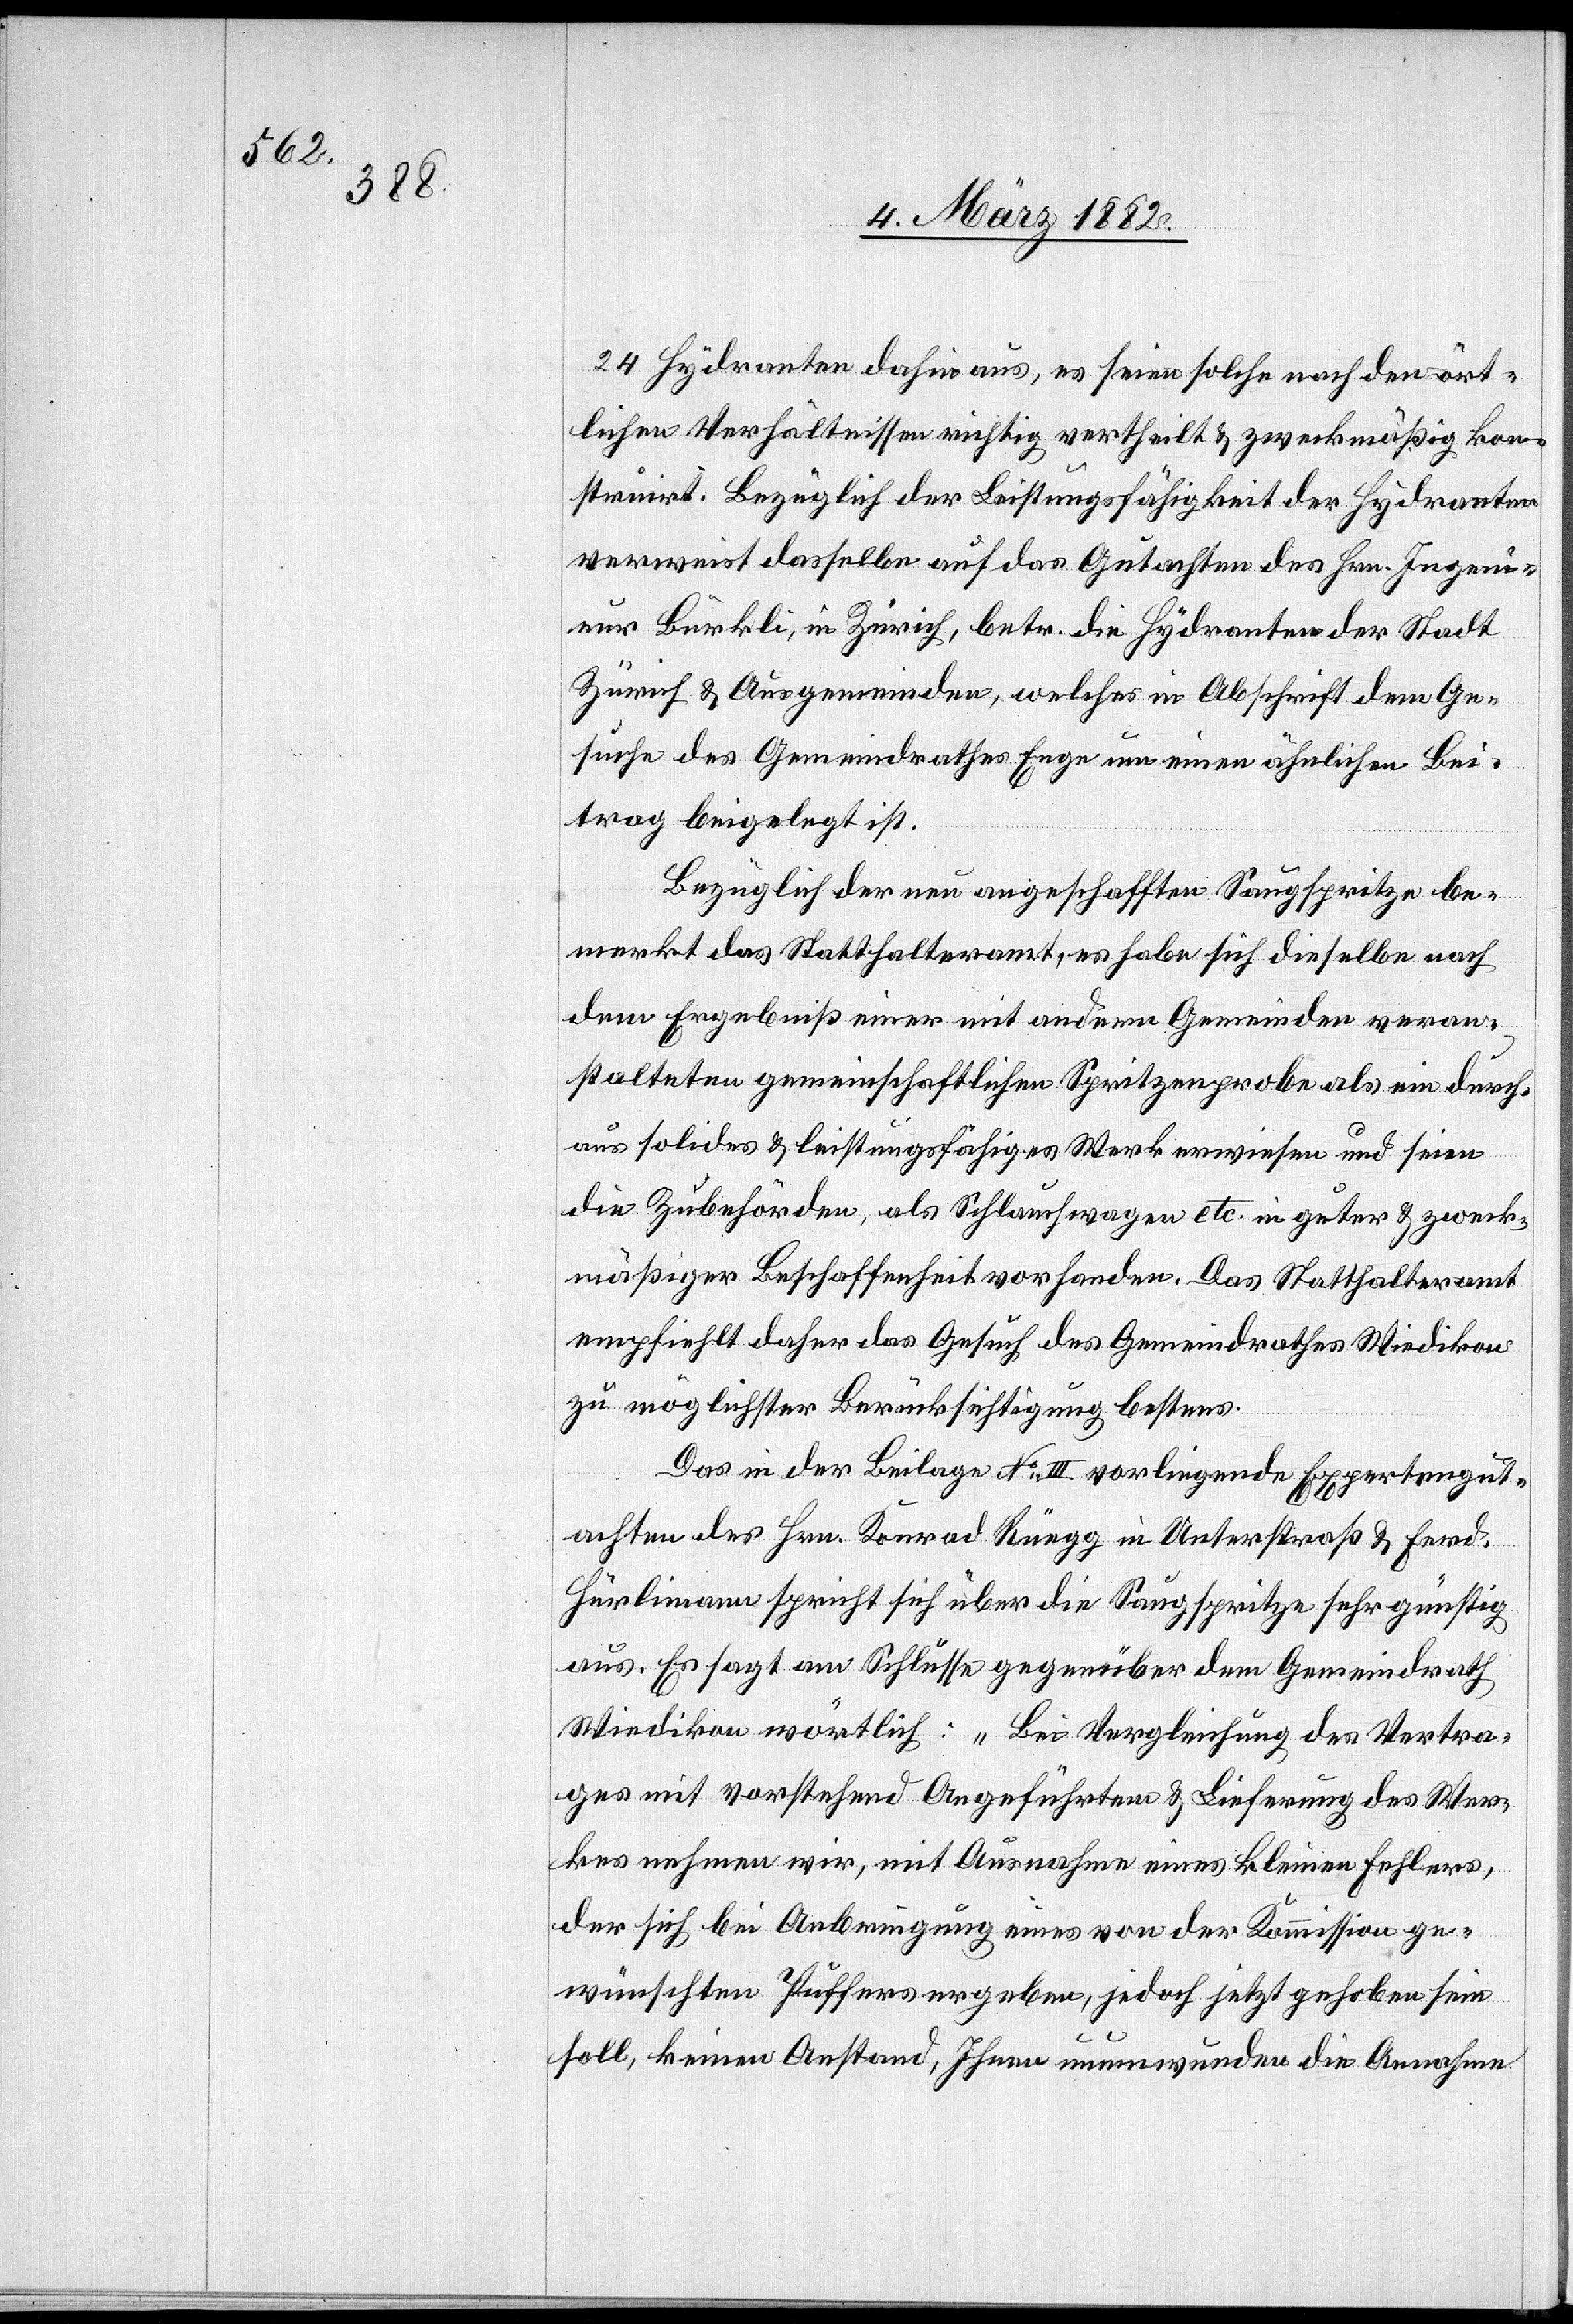
24 Hydranten dafür aus, es seien solche nach den ört¬
lichen Verhältnissen richtig vertheilt & zweckmäßig kon¬
struirt. Bezüglich der Leistungsfähigkeit der Hydranten
verweist dasselbe auf das Gutachten des Hrn. Ingeni¬
eur Bürkli, in Zürich, betr. die Hydranten der Stadt
Zürich & Ausgemeinden, welches in Abschrift dem Ge¬
suche des Gemeindrathes Enge um einen ähnlichen Bei¬
trag beigelegt ist.
Bezüglich der neu angeschafften Saugspritze be¬
merkt das Statthalteramt, es habe sich dieselbe nach
dem Ergebniß einer mit anderen Gemeinden veran¬
stalteten gemeinschaftlichen Spritzenprobe als ein durch¬
aus solides & leistungsfähiges Werk erwiesen und seien
die Zubehörden, als Schlauchwagen etc. in guter & zweck¬
mäßiger Beschaffenheit vorhanden. Das Statthalteramt
empfiehlt daher das Gesuch des Gemeindrathes Wiedikon
zu möglichster Berücksichtigung bestens.
Das in der Beilage No III vorliegende Expertengut¬
achten des Hrn. Konrad Rüegg in Unterstraß & Fer.
Hürlimann spricht sich über die Saugspritze sehr günstig
aus. Es sagt am Schlusse gegenüber dem Gemeindrath
Wiedikon wörtlich: „Bei Vergleichung des Vertra¬
ges mit vorstehend Angeführten & Lieferung des Wer¬
kes nehmen wir, mit Ausnahme eines kleinen Fehlers,
der sich bei Anbringung eines von der Kommission ge¬
wünschten Puffers ergeben, jedoch jetzt gehoben sein
soll keinen Anstand, Ihnen unumwunden die Annahme